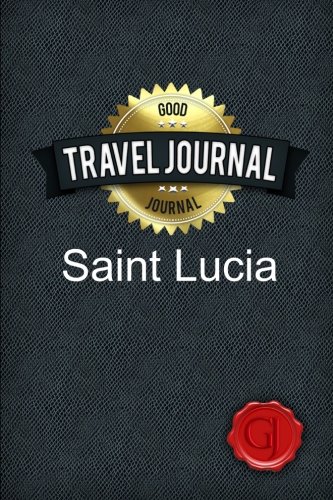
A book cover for Travel Journal Saint Lucia; Good Journal; Travel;